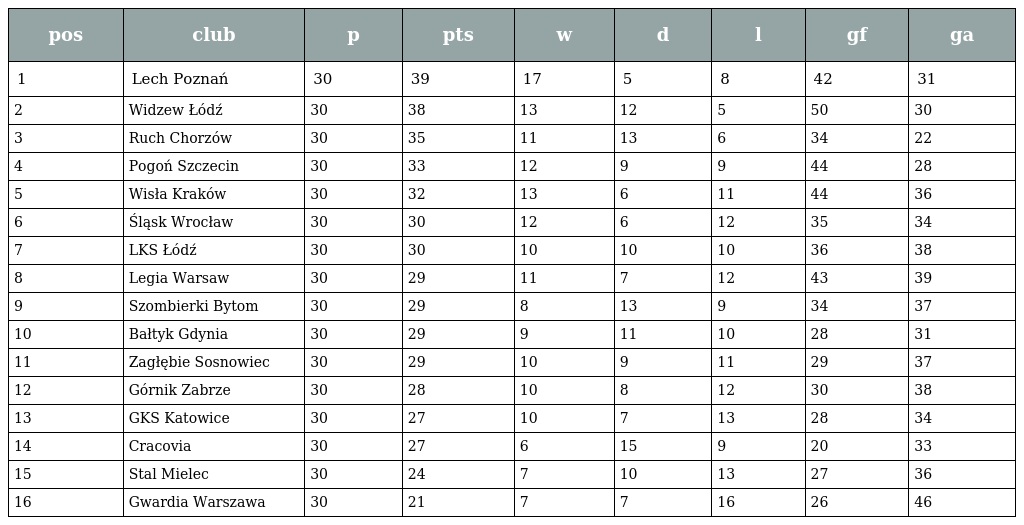
| pos | club | p | pts | w | d | l | gf | ga |
 | --- | --- | --- | --- | --- | --- | --- | --- | --- |
 | 1 | Lech Poznań | 30 | 39 | 17 | 5 | 8 | 42 | 31 |
 | 2 | Widzew Łódź | 30 | 38 | 13 | 12 | 5 | 50 | 30 |
 | 3 | Ruch Chorzów | 30 | 35 | 11 | 13 | 6 | 34 | 22 |
 | 4 | Pogoń Szczecin | 30 | 33 | 12 | 9 | 9 | 44 | 28 |
 | 5 | Wisła Kraków | 30 | 32 | 13 | 6 | 11 | 44 | 36 |
 | 6 | Śląsk Wrocław | 30 | 30 | 12 | 6 | 12 | 35 | 34 |
 | 7 | LKS Łódź | 30 | 30 | 10 | 10 | 10 | 36 | 38 |
 | 8 | Legia Warsaw | 30 | 29 | 11 | 7 | 12 | 43 | 39 |
 | 9 | Szombierki Bytom | 30 | 29 | 8 | 13 | 9 | 34 | 37 |
 | 10 | Bałtyk Gdynia | 30 | 29 | 9 | 11 | 10 | 28 | 31 |
 | 11 | Zagłębie Sosnowiec | 30 | 29 | 10 | 9 | 11 | 29 | 37 |
 | 12 | Górnik Zabrze | 30 | 28 | 10 | 8 | 12 | 30 | 38 |
 | 13 | GKS Katowice | 30 | 27 | 10 | 7 | 13 | 28 | 34 |
 | 14 | Cracovia | 30 | 27 | 6 | 15 | 9 | 20 | 33 |
 | 15 | Stal Mielec | 30 | 24 | 7 | 10 | 13 | 27 | 36 |
 | 16 | Gwardia Warszawa | 30 | 21 | 7 | 7 | 16 | 26 | 46 |